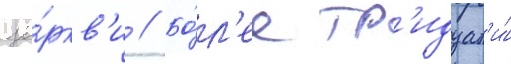
це́ркв'и // Бо́л'ее тр'идцат'и́